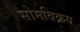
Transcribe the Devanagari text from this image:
सोमविक्रय